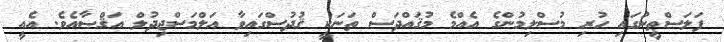
ފަލަސްޠީނުގައި ހުރި މުސްލިމުންގެ އެއްމެ މުޤައްދަސް ތަނަކީ ޤުދުސްގައިވާ އަލްމަސްޖިދުލް އަޤްޞާއެވެ. އެއީ